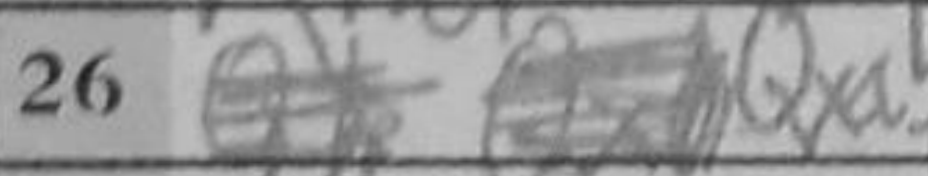
Transcription: Qxa5